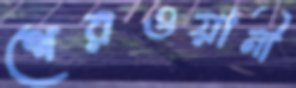
শেরওয়ানী